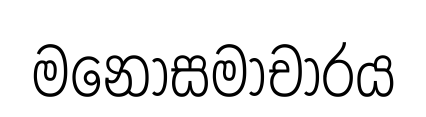
මනොසමාචාරය